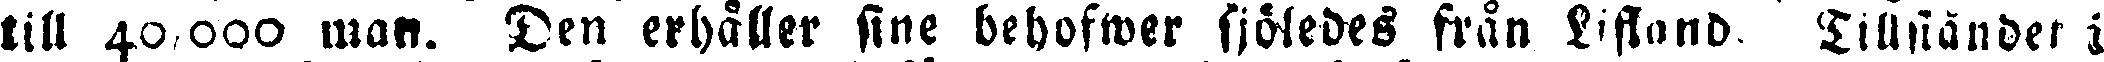
till 40,000 man. Den erhåller fine behofwer sjöledes från Lifland Tillständer i